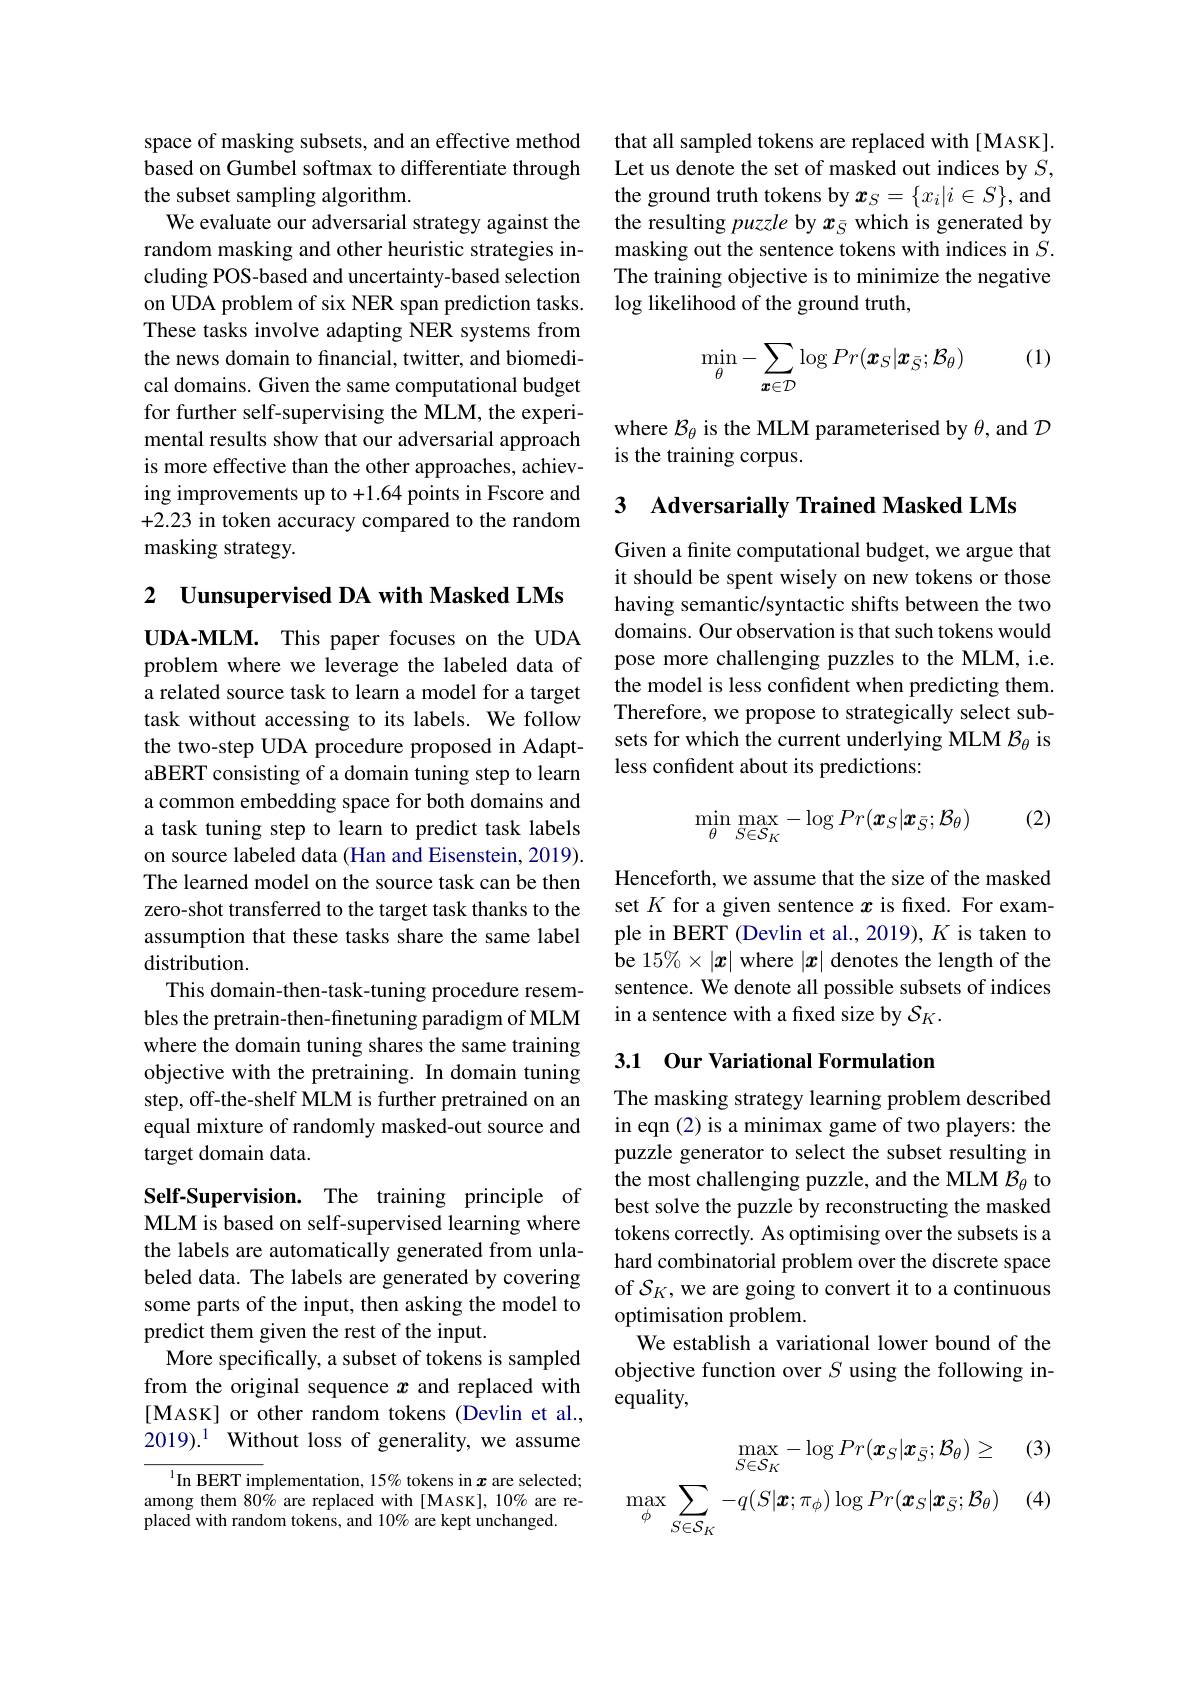
space of masking subsets, and an effective method based on Gumbel softmax to differentiate through the subset sampling algorithm.
We evaluate our adversarial strategy against the random masking and other heuristic strategies including POS-based and uncertainty-based selection on UDA problem of six NER span prediction tasks. These tasks involve adapting NER systems from the news domain to financial, twitter, and biomedical domains. Given the same computational budget for further self-supervising the MLM, the experimental results show that our adversarial approach is more effective than the other approaches, achieving improvements up to +1.64 points in Fscore and +2.23 in token accuracy compared to the random masking strategy.

2 Uunsupervised DA with Masked LMs

UDA-MLM. This paper focuses on the UDA problem where we leverage the labeled data of a related source task to learn a model for a target task without accessing to its labels. We follow the two-step UDA procedure proposed in AdaptaBERT consisting of a domain tuning step to learn a common embedding space for both domains and a task tuning step to learn to predict task labels on source labeled data (Han and Eisenstein, 2019). The learned model on the source task can be then zero-shot transferred to the target task thanks to the assumption that these tasks share the same label distribution.
This domain-then-task-tuning procedure resembles the pretrain-then-finetuning paradigm of MLM where the domain tuning shares the same training objective with the pretraining. In domain tuning step, off-the-shelf MLM is further pretrained on an equal mixture of randomly masked-out source and target domain data.

Self-Supervision. The training principle of MLM is based on self-supervised learning where the labels are automatically generated from unlabeled data. The labels are generated by covering some parts of the input, then asking the model to predict them given the rest of the input.
More specifically, a subset of tokens is sampled from the original sequence $x$ and replaced with [MASK] or other random tokens (Devlin et al., 2019).$^{1}$ Without loss of generality, we assume

$^{1}$In BERT implementation, 15% tokens in $x$ are selected; among them 80% are replaced with[MASK], 10% are replaced with random tokens, and 10% are kept unchanged.

that all sampled tokens are replaced with [MASK]. Let us denote the set of masked out indices by $S$, the ground truth tokens by $\boldsymbol x_S=\{x_i|i\in S\}$,and the resulting puzzle by $x_{\bar{S}}$ which is generated by masking out the sentence tokens with indices in $S.$ The training objective is to minimize the negative log likelihood of the ground truth,

(1)
$$\min\limits_{\theta}-\sum\limits_{\boldsymbol{x}\in\mathcal{D}}\log Pr(\boldsymbol{x}_{S}|\boldsymbol{x}_{\bar{S}};\mathcal{B}_{\theta})$$
where $\mathcal{B}_\theta$ is the MLM parameterised by $\theta$, and $\mathcal{D}$
is the training corpus.

## 3 Adversarially Trained Masked LMs

Given a finite computational budget, we argue that it should be spent wisely on new tokens or those having semantic/syntactic shifts between the two domains. Our observation is that such tokens would pose more challenging puzzles to the MLM, i.e. the model is less confident when predicting them. Therefore, we propose to strategically select subsets for which the current underlying MLM $\mathcal{B}_\theta$ is less confident about its predictions:

(2)
$$\min\limits_{\theta}\max\limits_{S\in\mathcal{S}_{K}}-\log Pr(\boldsymbol{x}_{S}|\boldsymbol{x}_{\bar{S}};\mathcal{B}_{\theta})$$
Henceforth, we assume that the size of the masked set $K$ for a given sentence $x$ is fixed. For example in BERT (Devlin et al., 2019), $K$ is taken to be 15%×|x| where $|x|$ denotes the length of the sentence. We denote all possible subsets of indices in a sentence with a fixed size by $\mathcal{S}_K.$

## 3.1 Our Variational Formulation

The masking strategy learning problem described in eqn (2) is a minimax game of two players: the puzzle generator to select the subset resulting in the most challenging puzzle, and the MLM $\mathcal{B}_\theta$ to best solve the puzzle by reconstructing the masked tokens correctly. As optimising over the subsets is a hard combinatorial problem over the discrete space of $\mathcal{S}_K$,we are going to convert it to a continuous optimisation problem.
We establish a variational lower bound of the objective function over $S$ using the following inequality,

(3)
$$\max_{S\in S_{K}}-\log Pr(\boldsymbol{x}_{S}|\boldsymbol{x}_{\bar{S}};\mathcal{B}_{\theta})\geq\\\max_{\phi}\sum_{S\in\mathcal{S}_{K}}-q(S|\boldsymbol{x};\pi_{\phi})\log Pr(\boldsymbol{x}_{S}|\boldsymbol{x}_{\bar{S}};\mathcal{B}_{\theta})$$
(4)